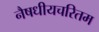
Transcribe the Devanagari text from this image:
नैषधीयचरितम